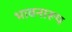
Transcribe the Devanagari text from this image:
भावनारूप